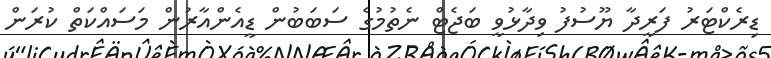
ޑިރެކްޓަރު ފަރީދާ ޔޫސުފު ވިދާޅުވީ ބަޖެޓް ނެތުމުގެ ސަބަބުން ޑީއެންއާރުން މަސައްކަތް ކުރަން